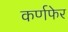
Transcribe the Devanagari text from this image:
कर्णफेर